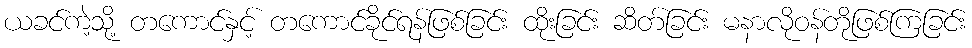
ယခင်ကဲ့သို့ တကောင်နှင့် တကောင်ခိုင်ရန်ဖြစ်ခြင်း ထိုးခြင်း ဆိတ်ခြင်း မနာလိုဝန်တိုဖြစ်ကြခြင်း